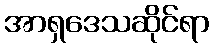
အာရှဒေသဆိုင်ရာ